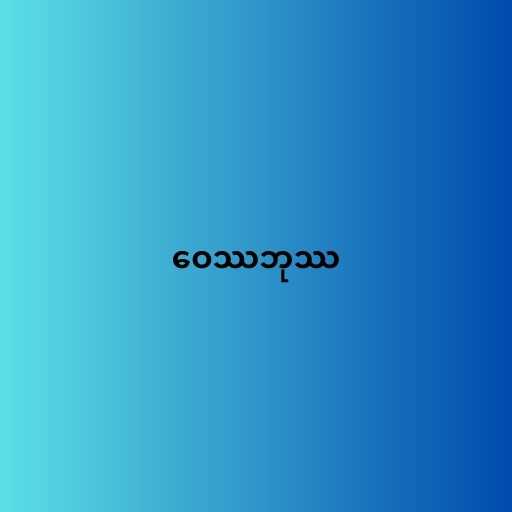
ဝေဿဘုဿ